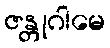
ဇန္တုဂါမေ